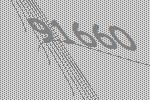
91660